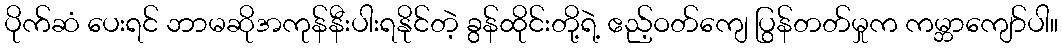
ပိုက်ဆံ ပေးရင် ဘာမဆိုအကုန်နီးပါးရနိုင်တဲ့ ခွန်ထိုင်းတို့ရဲ့ ဧည့်ဝတ်ကျေ ပြွန်တတ်မှုက ကမ္ဘာကျော်ပါ။